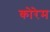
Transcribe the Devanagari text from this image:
कोरेम